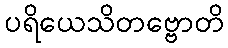
ပရိယေသိတဗ္ဗောတိ